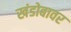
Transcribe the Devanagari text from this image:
खंडोबावर